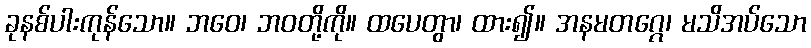
ခုနစ်ပါးကုန်သော။ ဘဝေ၊ ဘဝတို့ကို။ ထပေတွာ၊ ထား၍။ အနမတဂ္ဂေ၊ မသိအပ်သော